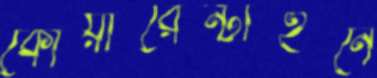
কোয়ারেন্টাইনে